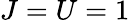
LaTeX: J=U=1